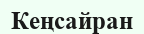
Кеңсайран